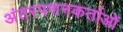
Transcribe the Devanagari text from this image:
अंतरपणनकर्ताओं